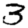
Digit: 3